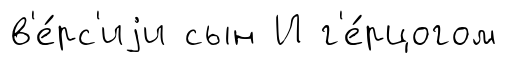
в'е́рс'иjи сын И г'е́рцогом